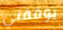
يوقفني